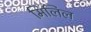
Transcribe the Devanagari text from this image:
मिलिल